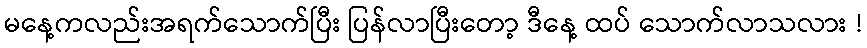
မနေ့ကလည်းအရက်သောက်ပြီး ပြန်လာပြီးတော့ ဒီနေ့ ထပ် သောက်လာသလား !